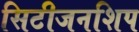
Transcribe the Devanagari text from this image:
सिटीजनशिप